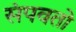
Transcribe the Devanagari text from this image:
संपवतो